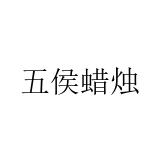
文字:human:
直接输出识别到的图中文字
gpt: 五侯蜡烛